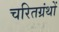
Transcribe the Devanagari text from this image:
चरितग्रंथों